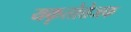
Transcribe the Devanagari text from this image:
यकृतोत्तेजक